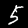
Label: 5